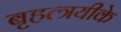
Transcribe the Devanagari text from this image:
बृहत्त्रयीके